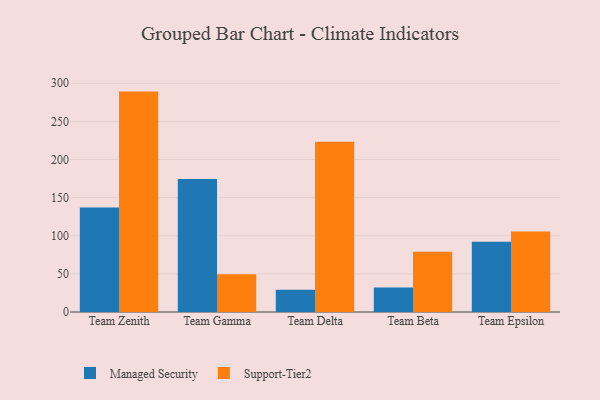
{"axis": {"x": "Team", "y": "Satisfaction Score"}, "legend": ["Managed Security", "Support-Tier2"], "data": [{"x": "Team Zenith", "y": 137.2, "type": "Managed Security"}, {"x": "Team Zenith", "y": 289.1, "type": "Support-Tier2"}, {"x": "Team Gamma", "y": 174.5, "type": "Managed Security"}, {"x": "Team Gamma", "y": 49.6, "type": "Support-Tier2"}, {"x": "Team Delta", "y": 29.2, "type": "Managed Security"}, {"x": "Team Delta", "y": 223.4, "type": "Support-Tier2"}, {"x": "Team Beta", "y": 32.0, "type": "Managed Security"}, {"x": "Team Beta", "y": 79.0, "type": "Support-Tier2"}, {"x": "Team Epsilon", "y": 92.0, "type": "Managed Security"}, {"x": "Team Epsilon", "y": 105.6, "type": "Support-Tier2"}]}